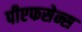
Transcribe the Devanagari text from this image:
पीएफसेन्स